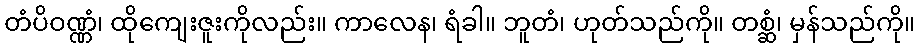
တံပိဝဏ္ဏံ၊ ထိုကျေးဇူးကိုလည်း။ ကာလေန၊ ရံခါ။ ဘူတံ၊ ဟုတ်သည်ကို။ တစ္ဆံ၊ မှန်သည်ကို။